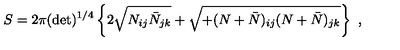
S = 2 \pi ( \det ) ^ { 1 / 4 } \left\{ 2 \sqrt { N _ { i j } \bar { N } _ { j k } } + \sqrt { + ( N + \bar { N } ) _ { i j } ( N + \bar { N } ) _ { j k } } \right\} \ ,